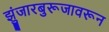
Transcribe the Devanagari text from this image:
झुंजारबुरूजावरून